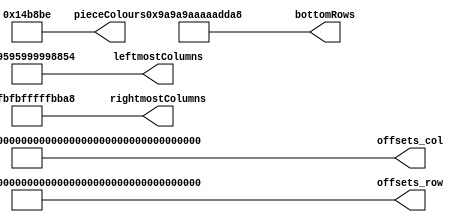
// Written by Nathan Shreve

module globals(  // block- and piece-type constants
	output[223:0] offsets_col,
	output[223:0] offsets_row,

	output[20:0] pieceColours,
	
	output[55:0] rightmostColumns,
	output[55:0] leftmostColumns,
	output[55:0] bottomRows
	);
	
	// offsets are in the format:
	// 	offsets[piece type][orientation][block index][dimension]
	
	// rightmostColumn, leftmostColumn, bottomRow are in the format:
	// 	rightmostColumn[piece type][orientation]
	
	
	// O block
	
	wire[2:0] pieceColours1;
	
	// Rotation 0
	wire[1:0] offsets_1_0_0_col;
	wire[1:0] offsets_1_0_0_row;
	wire[1:0] offsets_1_0_1_col;
	wire[1:0] offsets_1_0_1_row;
	wire[1:0] offsets_1_0_2_col;
	wire[1:0] offsets_1_0_2_row;
	wire[1:0] offsets_1_0_3_col;
	wire[1:0] offsets_1_0_3_row;
	
	wire[1:0] rightmostColumn_1_0;
	wire[1:0] leftmostColumn_1_0;
	wire[1:0] bottomRow_1_0;
	
	// Rotation 1
	wire[1:0] offsets_1_1_0_col;
	wire[1:0] offsets_1_1_0_row;
	wire[1:0] offsets_1_1_1_col;
	wire[1:0] offsets_1_1_1_row;
	wire[1:0] offsets_1_1_2_col;
	wire[1:0] offsets_1_1_2_row;
	wire[1:0] offsets_1_1_3_col;
	wire[1:0] offsets_1_1_3_row;
	
	wire[1:0] rightmostColumn_1_1;
	wire[1:0] leftmostColumn_1_1;
	wire[1:0] bottomRow_1_1;
	
	// Rotation 2
	wire[1:0] offsets_1_2_0_col;
	wire[1:0] offsets_1_2_0_row;
	wire[1:0] offsets_1_2_1_col;
	wire[1:0] offsets_1_2_1_row;
	wire[1:0] offsets_1_2_2_col;
	wire[1:0] offsets_1_2_2_row;
	wire[1:0] offsets_1_2_3_col;
	wire[1:0] offsets_1_2_3_row;
	
	wire[1:0] rightmostColumn_1_2;
	wire[1:0] leftmostColumn_1_2;
	wire[1:0] bottomRow_1_2;
	
	// Rotation 3
	wire[1:0] offsets_1_3_0_col;
	wire[1:0] offsets_1_3_0_row;
	wire[1:0] offsets_1_3_1_col;
	wire[1:0] offsets_1_3_1_row;
	wire[1:0] offsets_1_3_2_col;
	wire[1:0] offsets_1_3_2_row;
	wire[1:0] offsets_1_3_3_col;
	wire[1:0] offsets_1_3_3_row;
	
	wire[1:0] rightmostColumn_1_3;
	wire[1:0] leftmostColumn_1_3;
	wire[1:0] bottomRow_1_3;
	
	
	// I block
	
	wire[2:0] pieceColours2;
	
	// Rotation 0
	wire[1:0] offsets_2_0_0_col;
	wire[1:0] offsets_2_0_0_row;
	wire[1:0] offsets_2_0_1_col;
	wire[1:0] offsets_2_0_1_row;
	wire[1:0] offsets_2_0_2_col;
	wire[1:0] offsets_2_0_2_row;
	wire[1:0] offsets_2_0_3_col;
	wire[1:0] offsets_2_0_3_row;
	
	wire[1:0] rightmostColumn_2_0;
	wire[1:0] leftmostColumn_2_0;
	wire[1:0] bottomRow_2_0;
	
	// Rotation 1
	wire[1:0] offsets_2_1_0_col;
	wire[1:0] offsets_2_1_0_row;
	wire[1:0] offsets_2_1_1_col;
	wire[1:0] offsets_2_1_1_row;
	wire[1:0] offsets_2_1_2_col;
	wire[1:0] offsets_2_1_2_row;
	wire[1:0] offsets_2_1_3_col;
	wire[1:0] offsets_2_1_3_row;
	
	wire[1:0] rightmostColumn_2_1;
	wire[1:0] leftmostColumn_2_1;
	wire[1:0] bottomRow_2_1;
	
	// Rotation 2
	wire[1:0] offsets_2_2_0_col;
	wire[1:0] offsets_2_2_0_row;
	wire[1:0] offsets_2_2_1_col;
	wire[1:0] offsets_2_2_1_row;
	wire[1:0] offsets_2_2_2_col;
	wire[1:0] offsets_2_2_2_row;
	wire[1:0] offsets_2_2_3_col;
	wire[1:0] offsets_2_2_3_row;
	
	wire[1:0] rightmostColumn_2_2;
	wire[1:0] leftmostColumn_2_2;
	wire[1:0] bottomRow_2_2;

	// Rotation 3
	wire[1:0] offsets_2_3_0_col;
	wire[1:0] offsets_2_3_0_row;
	wire[1:0] offsets_2_3_1_col;
	wire[1:0] offsets_2_3_1_row;
	wire[1:0] offsets_2_3_2_col;
	wire[1:0] offsets_2_3_2_row;
	wire[1:0] offsets_2_3_3_col;
	wire[1:0] offsets_2_3_3_row;
	
	wire[1:0] rightmostColumn_2_3;
	wire[1:0] leftmostColumn_2_3;
	wire[1:0] bottomRow_2_3;
	
	
	// S block
	
	wire[2:0] pieceColours3;
	
	// Rotation 0
	wire[1:0] offsets_3_0_0_col;
	wire[1:0] offsets_3_0_0_row;
	wire[1:0] offsets_3_0_1_col;
	wire[1:0] offsets_3_0_1_row;
	wire[1:0] offsets_3_0_2_col;
	wire[1:0] offsets_3_0_2_row;
	wire[1:0] offsets_3_0_3_col;
	wire[1:0] offsets_3_0_3_row;
	
	wire[1:0] rightmostColumn_3_0;
	wire[1:0] leftmostColumn_3_0;
	wire[1:0] bottomRow_3_0;
	
	// Rotation 1
	wire[1:0] offsets_3_1_0_col;
	wire[1:0] offsets_3_1_0_row;
	wire[1:0] offsets_3_1_1_col;
	wire[1:0] offsets_3_1_1_row;
	wire[1:0] offsets_3_1_2_col;
	wire[1:0] offsets_3_1_2_row;
	wire[1:0] offsets_3_1_3_col;
	wire[1:0] offsets_3_1_3_row;
	
	wire[1:0] rightmostColumn_3_1;
	wire[1:0] leftmostColumn_3_1;
	wire[1:0] bottomRow_3_1;

	// Rotation 2
	wire[1:0] offsets_3_2_0_col;
	wire[1:0] offsets_3_2_0_row;
	wire[1:0] offsets_3_2_1_col;
	wire[1:0] offsets_3_2_1_row;
	wire[1:0] offsets_3_2_2_col;
	wire[1:0] offsets_3_2_2_row;
	wire[1:0] offsets_3_2_3_col;
	wire[1:0] offsets_3_2_3_row;
	
	wire[1:0] rightmostColumn_3_2;
	wire[1:0] leftmostColumn_3_2;
	wire[1:0] bottomRow_3_2;
	
	// Rotation 3
	wire[1:0] offsets_3_3_0_col;
	wire[1:0] offsets_3_3_0_row;
	wire[1:0] offsets_3_3_1_col;
	wire[1:0] offsets_3_3_1_row;
	wire[1:0] offsets_3_3_2_col;
	wire[1:0] offsets_3_3_2_row;
	wire[1:0] offsets_3_3_3_col;
	wire[1:0] offsets_3_3_3_row;
	
	wire[1:0] rightmostColumn_3_3;
	wire[1:0] leftmostColumn_3_3;
	wire[1:0] bottomRow_3_3;
	
	
	// Z block
	
	wire[2:0] pieceColours4;
	
	// Rotation 0
	wire[1:0] offsets_4_0_0_col;
	wire[1:0] offsets_4_0_0_row;
	wire[1:0] offsets_4_0_1_col;
	wire[1:0] offsets_4_0_1_row;
	wire[1:0] offsets_4_0_2_col;
	wire[1:0] offsets_4_0_2_row;
	wire[1:0] offsets_4_0_3_col;
	wire[1:0] offsets_4_0_3_row;
	
	wire[1:0] rightmostColumn_4_0;
	wire[1:0] leftmostColumn_4_0;
	wire[1:0] bottomRow_4_0;
	
	// Rotation 1
	wire[1:0] offsets_4_1_0_col;
	wire[1:0] offsets_4_1_0_row;
	wire[1:0] offsets_4_1_1_col;
	wire[1:0] offsets_4_1_1_row;
	wire[1:0] offsets_4_1_2_col;
	wire[1:0] offsets_4_1_2_row;
	wire[1:0] offsets_4_1_3_col;
	wire[1:0] offsets_4_1_3_row;
	
	wire[1:0] rightmostColumn_4_1;
	wire[1:0] leftmostColumn_4_1;
	wire[1:0] bottomRow_4_1;

	// Rotation 2
	wire[1:0] offsets_4_2_0_col;
	wire[1:0] offsets_4_2_0_row;
	wire[1:0] offsets_4_2_1_col;
	wire[1:0] offsets_4_2_1_row;
	wire[1:0] offsets_4_2_2_col;
	wire[1:0] offsets_4_2_2_row;
	wire[1:0] offsets_4_2_3_col;
	wire[1:0] offsets_4_2_3_row;
	
	wire[1:0] rightmostColumn_4_2;
	wire[1:0] leftmostColumn_4_2;
	wire[1:0] bottomRow_4_2;
	
	// Rotation 3
	wire[1:0] offsets_4_3_0_col;
	wire[1:0] offsets_4_3_0_row;
	wire[1:0] offsets_4_3_1_col;
	wire[1:0] offsets_4_3_1_row;
	wire[1:0] offsets_4_3_2_col;
	wire[1:0] offsets_4_3_2_row;
	wire[1:0] offsets_4_3_3_col;
	wire[1:0] offsets_4_3_3_row;
	
	wire[1:0] rightmostColumn_4_3;
	wire[1:0] leftmostColumn_4_3;
	wire[1:0] bottomRow_4_3;
	
	
	// L block
	
	wire[2:0] pieceColours5;
	
	// Rotation 0
	wire[1:0] offsets_5_0_0_col;
	wire[1:0] offsets_5_0_0_row;
	wire[1:0] offsets_5_0_1_col;
	wire[1:0] offsets_5_0_1_row;
	wire[1:0] offsets_5_0_2_col;
	wire[1:0] offsets_5_0_2_row;
	wire[1:0] offsets_5_0_3_col;
	wire[1:0] offsets_5_0_3_row;
	
	wire[1:0] rightmostColumn_5_0;
	wire[1:0] leftmostColumn_5_0;
	wire[1:0] bottomRow_5_0;
	
	// Rotation 1
	wire[1:0] offsets_5_1_0_col;
	wire[1:0] offsets_5_1_0_row;
	wire[1:0] offsets_5_1_1_col;
	wire[1:0] offsets_5_1_1_row;
	wire[1:0] offsets_5_1_2_col;
	wire[1:0] offsets_5_1_2_row;
	wire[1:0] offsets_5_1_3_col;
	wire[1:0] offsets_5_1_3_row;
	
	wire[1:0] rightmostColumn_5_1;
	wire[1:0] leftmostColumn_5_1;
	wire[1:0] bottomRow_5_1;
	
	// Rotation 2
	wire[1:0] offsets_5_2_0_col;
	wire[1:0] offsets_5_2_0_row;
	wire[1:0] offsets_5_2_1_col;
	wire[1:0] offsets_5_2_1_row;
	wire[1:0] offsets_5_2_2_col;
	wire[1:0] offsets_5_2_2_row;
	wire[1:0] offsets_5_2_3_col;
	wire[1:0] offsets_5_2_3_row;
	
	wire[1:0] rightmostColumn_5_2;
	wire[1:0] leftmostColumn_5_2;
	wire[1:0] bottomRow_5_2;
	
	// Rotation 3
	wire[1:0] offsets_5_3_0_col;
	wire[1:0] offsets_5_3_0_row;
	wire[1:0] offsets_5_3_1_col;
	wire[1:0] offsets_5_3_1_row;
	wire[1:0] offsets_5_3_2_col;
	wire[1:0] offsets_5_3_2_row;
	wire[1:0] offsets_5_3_3_col;
	wire[1:0] offsets_5_3_3_row;
	
	wire[1:0] rightmostColumn_5_3;
	wire[1:0] leftmostColumn_5_3;
	wire[1:0] bottomRow_5_3;
	
	
	// J block
	
	wire[2:0] pieceColours6;
	
	// Rotation 0
	wire[1:0] offsets_6_0_0_col;
	wire[1:0] offsets_6_0_0_row;
	wire[1:0] offsets_6_0_1_col;
	wire[1:0] offsets_6_0_1_row;
	wire[1:0] offsets_6_0_2_col;
	wire[1:0] offsets_6_0_2_row;
	wire[1:0] offsets_6_0_3_col;
	wire[1:0] offsets_6_0_3_row;
	
	wire[1:0] rightmostColumn_6_0;
	wire[1:0] leftmostColumn_6_0;
	wire[1:0] bottomRow_6_0;
	
	// Rotation 1
	wire[1:0] offsets_6_1_0_col;
	wire[1:0] offsets_6_1_0_row;
	wire[1:0] offsets_6_1_1_col;
	wire[1:0] offsets_6_1_1_row;
	wire[1:0] offsets_6_1_2_col;
	wire[1:0] offsets_6_1_2_row;
	wire[1:0] offsets_6_1_3_col;
	wire[1:0] offsets_6_1_3_row;
	
	wire[1:0] rightmostColumn_6_1;
	wire[1:0] leftmostColumn_6_1;
	wire[1:0] bottomRow_6_1;
	
	// Rotation 2
	wire[1:0] offsets_6_2_0_col;
	wire[1:0] offsets_6_2_0_row;
	wire[1:0] offsets_6_2_1_col;
	wire[1:0] offsets_6_2_1_row;
	wire[1:0] offsets_6_2_2_col;
	wire[1:0] offsets_6_2_2_row;
	wire[1:0] offsets_6_2_3_col;
	wire[1:0] offsets_6_2_3_row;
	
	wire[1:0] rightmostColumn_6_2;
	wire[1:0] leftmostColumn_6_2;
	wire[1:0] bottomRow_6_2;
	
	// Rotation 3
	wire[1:0] offsets_6_3_0_col;
	wire[1:0] offsets_6_3_0_row;
	wire[1:0] offsets_6_3_1_col;
	wire[1:0] offsets_6_3_1_row;
	wire[1:0] offsets_6_3_2_col;
	wire[1:0] offsets_6_3_2_row;
	wire[1:0] offsets_6_3_3_col;
	wire[1:0] offsets_6_3_3_row;
	
	wire[1:0] rightmostColumn_6_3;
	wire[1:0] leftmostColumn_6_3;
	wire[1:0] bottomRow_6_3;
	
	
	// T block
	
	wire[2:0] pieceColours7;
	
	// Rotation 0
	wire[1:0] offsets_7_0_0_col;
	wire[1:0] offsets_7_0_0_row;
	wire[1:0] offsets_7_0_1_col;
	wire[1:0] offsets_7_0_1_row;
	wire[1:0] offsets_7_0_2_col;
	wire[1:0] offsets_7_0_2_row;
	wire[1:0] offsets_7_0_3_col;
	wire[1:0] offsets_7_0_3_row;
	
	wire[1:0] rightmostColumn_7_0;
	wire[1:0] leftmostColumn_7_0;
	wire[1:0] bottomRow_7_0;
	
	// Rotation 1
	wire[1:0] offsets_7_1_0_col;
	wire[1:0] offsets_7_1_0_row;
	wire[1:0] offsets_7_1_1_col;
	wire[1:0] offsets_7_1_1_row;
	wire[1:0] offsets_7_1_2_col;
	wire[1:0] offsets_7_1_2_row;
	wire[1:0] offsets_7_1_3_col;
	wire[1:0] offsets_7_1_3_row;
	
	wire[1:0] rightmostColumn_7_1;
	wire[1:0] leftmostColumn_7_1;
	wire[1:0] bottomRow_7_1;
	
	// Rotation 2
	wire[1:0] offsets_7_2_0_col;
	wire[1:0] offsets_7_2_0_row;
	wire[1:0] offsets_7_2_1_col;
	wire[1:0] offsets_7_2_1_row;
	wire[1:0] offsets_7_2_2_col;
	wire[1:0] offsets_7_2_2_row;
	wire[1:0] offsets_7_2_3_col;
	wire[1:0] offsets_7_2_3_row;
	
	wire[1:0] rightmostColumn_7_2;
	wire[1:0] leftmostColumn_7_2;
	wire[1:0] bottomRow_7_2;
	
	// Rotation 3
	wire[1:0] offsets_7_3_0_col;
	wire[1:0] offsets_7_3_0_row;
	wire[1:0] offsets_7_3_1_col;
	wire[1:0] offsets_7_3_1_row;
	wire[1:0] offsets_7_3_2_col;
	wire[1:0] offsets_7_3_2_row;
	wire[1:0] offsets_7_3_3_col;
	wire[1:0] offsets_7_3_3_row;
	
	wire[1:0] rightmostColumn_7_3;
	wire[1:0] leftmostColumn_7_3;
	wire[1:0] bottomRow_7_3;
	
	
	
	// O block
	
	assign pieceColours1 = 3'b110; // Yellow
	
	// Rotation 0
	assign offsets_1_0_0_col = 1;
	assign offsets_1_0_0_row = 1;
	assign offsets_1_0_1_col = 2;
	assign offsets_1_0_1_row = 1;
	assign offsets_1_0_2_col = 1;
	assign offsets_1_0_2_row = 2;
	assign offsets_1_0_3_col = 2;
	assign offsets_1_0_3_row = 2;
	
	assign rightmostColumn_1_0 = 2;
	assign leftmostColumn_1_0 = 1;
	assign bottomRow_1_0 = 2;
	
	// Rotation 1
	assign offsets_1_1_0_col = 1;
	assign offsets_1_1_0_row = 1;
	assign offsets_1_1_1_col = 2;
	assign offsets_1_1_1_row = 1;
	assign offsets_1_1_2_col = 1;
	assign offsets_1_1_2_row = 2;
	assign offsets_1_1_3_col = 2;
	assign offsets_1_1_3_row = 2;
	
	assign rightmostColumn_1_1 = 2;
	assign leftmostColumn_1_1 = 1;
	assign bottomRow_1_1 = 2;
	
	// Rotation 2
	assign offsets_1_2_0_col = 1;
	assign offsets_1_2_0_row = 1;
	assign offsets_1_2_1_col = 2;
	assign offsets_1_2_1_row = 1;
	assign offsets_1_2_2_col = 1;
	assign offsets_1_2_2_row = 2;
	assign offsets_1_2_3_col = 2;
	assign offsets_1_2_3_row = 2;
	
	assign rightmostColumn_1_2 = 2;
	assign leftmostColumn_1_2 = 1;
	assign bottomRow_1_2 = 2;
	
	// Rotation 3
	assign offsets_1_3_0_col = 1;
	assign offsets_1_3_0_row = 1;
	assign offsets_1_3_1_col = 2;
	assign offsets_1_3_1_row = 1;
	assign offsets_1_3_2_col = 1;
	assign offsets_1_3_2_row = 2;
	assign offsets_1_3_3_col = 2;
	assign offsets_1_3_3_row = 2;
	
	assign rightmostColumn_1_3 = 2;
	assign leftmostColumn_1_3 = 1;
	assign bottomRow_1_3 = 2;
	
	
	// I block
	
	assign pieceColours2 = 3'b111; // White
	
	// Rotation 0
	assign offsets_2_0_0_col = 0;
	assign offsets_2_0_0_row = 1;
	assign offsets_2_0_1_col = 1;
	assign offsets_2_0_1_row = 1;
	assign offsets_2_0_2_col = 2;
	assign offsets_2_0_2_row = 1;
	assign offsets_2_0_3_col = 3;
	assign offsets_2_0_3_row = 1;
	
	assign rightmostColumn_2_0 = 3;
	assign leftmostColumn_2_0 = 0;
	assign bottomRow_2_0 = 1;
	
	// Rotation 1
	assign offsets_2_1_0_col = 2;
	assign offsets_2_1_0_row = 0;
	assign offsets_2_1_1_col = 2;
	assign offsets_2_1_1_row = 1;
	assign offsets_2_1_2_col = 2;
	assign offsets_2_1_2_row = 2;
	assign offsets_2_1_3_col = 2;
	assign offsets_2_1_3_row = 3;
	
	assign rightmostColumn_2_1 = 2;
	assign leftmostColumn_2_1 = 2;
	assign bottomRow_2_1 = 3;
	
	// Rotation 2
	assign offsets_2_2_0_col = 0;
	assign offsets_2_2_0_row = 1;
	assign offsets_2_2_1_col = 1;
	assign offsets_2_2_1_row = 1;
	assign offsets_2_2_2_col = 2;
	assign offsets_2_2_2_row = 1;
	assign offsets_2_2_3_col = 3;
	assign offsets_2_2_3_row = 1;
	
	assign rightmostColumn_2_2 = 3;
	assign leftmostColumn_2_2 = 0;
	assign bottomRow_2_2 = 1;

	// Rotation 3
	assign offsets_2_3_0_col = 2;
	assign offsets_2_3_0_row = 0;
	assign offsets_2_3_1_col = 2;
	assign offsets_2_3_1_row = 1;
	assign offsets_2_3_2_col = 2;
	assign offsets_2_3_2_row = 2;
	assign offsets_2_3_3_col = 2;
	assign offsets_2_3_3_row = 3;
	
	assign rightmostColumn_2_3 = 2;
	assign leftmostColumn_2_3 = 2;
	assign bottomRow_2_3 = 3;
	
	
	// S block
	
	assign pieceColours3 = 3'b010; // Green
	
	// Rotation 0
	assign offsets_3_0_0_col = 2;
	assign offsets_3_0_0_row = 1;
	assign offsets_3_0_1_col = 3;
	assign offsets_3_0_1_row = 1;
	assign offsets_3_0_2_col = 1;
	assign offsets_3_0_2_row = 2;
	assign offsets_3_0_3_col = 2;
	assign offsets_3_0_3_row = 2;
	
	assign rightmostColumn_3_0 = 3;
	assign leftmostColumn_3_0 = 1;
	assign bottomRow_3_0 = 2;
	
	// Rotation 1
	assign offsets_3_1_0_col = 2;
	assign offsets_3_1_0_row = 0;
	assign offsets_3_1_1_col = 2;
	assign offsets_3_1_1_row = 1;
	assign offsets_3_1_2_col = 3;
	assign offsets_3_1_2_row = 1;
	assign offsets_3_1_3_col = 3;
	assign offsets_3_1_3_row = 2;
	
	assign rightmostColumn_3_1 = 3;
	assign leftmostColumn_3_1 = 2;
	assign bottomRow_3_1 = 2;

	// Rotation 2
	assign offsets_3_2_0_col = 2;
	assign offsets_3_2_0_row = 1;
	assign offsets_3_2_1_col = 3;
	assign offsets_3_2_1_row = 1;
	assign offsets_3_2_2_col = 1;
	assign offsets_3_2_2_row = 2;
	assign offsets_3_2_3_col = 2;
	assign offsets_3_2_3_row = 2;
	
	assign rightmostColumn_3_2 = 3;
	assign leftmostColumn_3_2 = 1;
	assign bottomRow_3_2 = 2;
	
	// Rotation 3
	assign offsets_3_3_0_col = 2;
	assign offsets_3_3_0_row = 0;
	assign offsets_3_3_1_col = 2;
	assign offsets_3_3_1_row = 1;
	assign offsets_3_3_2_col = 3;
	assign offsets_3_3_2_row = 1;
	assign offsets_3_3_3_col = 3;
	assign offsets_3_3_3_row = 2;
	
	assign rightmostColumn_3_3 = 3;
	assign leftmostColumn_3_3 = 2;
	assign bottomRow_3_3 = 2;
	
	
	// Z block
	
	assign pieceColours4 = 3'b100; // Red
	
	// Rotation 0
	assign offsets_4_0_0_col = 1;
	assign offsets_4_0_0_row = 1;
	assign offsets_4_0_1_col = 2;
	assign offsets_4_0_1_row = 1;
	assign offsets_4_0_2_col = 2;
	assign offsets_4_0_2_row = 2;
	assign offsets_4_0_3_col = 3;
	assign offsets_4_0_3_row = 2;
	
	assign rightmostColumn_4_0 = 3;
	assign leftmostColumn_4_0 = 1;
	assign bottomRow_4_0 = 2;
	
	// Rotation 1
	assign offsets_4_1_0_col = 3;
	assign offsets_4_1_0_row = 0;
	assign offsets_4_1_1_col = 2;
	assign offsets_4_1_1_row = 1;
	assign offsets_4_1_2_col = 3;
	assign offsets_4_1_2_row = 1;
	assign offsets_4_1_3_col = 2;
	assign offsets_4_1_3_row = 2;
	
	assign rightmostColumn_4_1 = 3;
	assign leftmostColumn_4_1 = 2;
	assign bottomRow_4_1 = 2;

	// Rotation 2
	assign offsets_4_2_0_col = 1;
	assign offsets_4_2_0_row = 1;
	assign offsets_4_2_1_col = 2;
	assign offsets_4_2_1_row = 1;
	assign offsets_4_2_2_col = 2;
	assign offsets_4_2_2_row = 2;
	assign offsets_4_2_3_col = 3;
	assign offsets_4_2_3_row = 2;
	
	assign rightmostColumn_4_2 = 3;
	assign leftmostColumn_4_2 = 1;
	assign bottomRow_4_2 = 2;
	
	// Rotation 3
	assign offsets_4_3_0_col = 3;
	assign offsets_4_3_0_row = 0;
	assign offsets_4_3_1_col = 2;
	assign offsets_4_3_1_row = 1;
	assign offsets_4_3_2_col = 3;
	assign offsets_4_3_2_row = 1;
	assign offsets_4_3_3_col = 2;
	assign offsets_4_3_3_row = 2;
 	
	assign rightmostColumn_4_3 = 3;
	assign leftmostColumn_4_3 = 2;
	assign bottomRow_4_3 = 2;
	
	
	// L block
	
	assign pieceColours5 = 3'b011; // Cyan
	
	// Rotation 0
	assign offsets_5_0_0_col = 1;
	assign offsets_5_0_0_row = 1;
	assign offsets_5_0_1_col = 2;
	assign offsets_5_0_1_row = 1;
	assign offsets_5_0_2_col = 3;
	assign offsets_5_0_2_row = 1;
	assign offsets_5_0_3_col = 1;
	assign offsets_5_0_3_row = 2;
	
	assign rightmostColumn_5_0 = 3;
	assign leftmostColumn_5_0 = 1;
	assign bottomRow_5_0 = 2;
	
	// Rotation 1
	assign offsets_5_1_0_col = 2;
	assign offsets_5_1_0_row = 0;
	assign offsets_5_1_1_col = 2;
	assign offsets_5_1_1_row = 1;
	assign offsets_5_1_2_col = 2;
	assign offsets_5_1_2_row = 2;
	assign offsets_5_1_3_col = 3;
	assign offsets_5_1_3_row = 2;
	
	assign rightmostColumn_5_1 = 3;
	assign leftmostColumn_5_1 = 2;
	assign bottomRow_5_1 = 2;
	
	// Rotation 2
	assign offsets_5_2_0_col = 3;
	assign offsets_5_2_0_row = 0;
	assign offsets_5_2_1_col = 1;
	assign offsets_5_2_1_row = 1;
	assign offsets_5_2_2_col = 2;
	assign offsets_5_2_2_row = 1;
	assign offsets_5_2_3_col = 3;
	assign offsets_5_2_3_row = 1;
	
	assign rightmostColumn_5_2 = 3;
	assign leftmostColumn_5_2 = 1;
	assign bottomRow_5_2 = 1;
	
	// Rotation 3
	assign offsets_5_3_0_col = 1;
	assign offsets_5_3_0_row = 0;
	assign offsets_5_3_1_col = 2;
	assign offsets_5_3_1_row = 0;
	assign offsets_5_3_2_col = 2;
	assign offsets_5_3_2_row = 1;
	assign offsets_5_3_3_col = 2;
	assign offsets_5_3_3_row = 2;
	
	assign rightmostColumn_5_3 = 2;
	assign leftmostColumn_5_3 = 1;
	assign bottomRow_5_3 = 2;
	
	
	// J block
	
	assign pieceColours6 = 3'b001; // Blue
	
	// Rotation 0
	assign offsets_6_0_0_col = 1;
	assign offsets_6_0_0_row = 1;
	assign offsets_6_0_1_col = 2;
	assign offsets_6_0_1_row = 1;
	assign offsets_6_0_2_col = 3;
	assign offsets_6_0_2_row = 1;
	assign offsets_6_0_3_col = 3;
	assign offsets_6_0_3_row = 2;
	
	assign rightmostColumn_6_0 = 3;
	assign leftmostColumn_6_0 = 1;
	assign bottomRow_6_0 = 2;
	
	// Rotation 1
	assign offsets_6_1_0_col = 2;
	assign offsets_6_1_0_row = 0;
	assign offsets_6_1_1_col = 3;
	assign offsets_6_1_1_row = 0;
	assign offsets_6_1_2_col = 2;
	assign offsets_6_1_2_row = 1;
	assign offsets_6_1_3_col = 2;
	assign offsets_6_1_3_row = 2;
	
	assign rightmostColumn_6_1 = 3;
	assign leftmostColumn_6_1 = 2;
	assign bottomRow_6_1 = 2;
	
	// Rotation 2
	assign offsets_6_2_0_col = 1;
	assign offsets_6_2_0_row = 0;
	assign offsets_6_2_1_col = 1;
	assign offsets_6_2_1_row = 1;
	assign offsets_6_2_2_col = 2;
	assign offsets_6_2_2_row = 1;
	assign offsets_6_2_3_col = 3;
	assign offsets_6_2_3_row = 1;
	
	assign rightmostColumn_6_2 = 3;
	assign leftmostColumn_6_2 = 1;
	assign bottomRow_6_2 = 1;
	
	// Rotation 3
	assign offsets_6_3_0_col = 2;
	assign offsets_6_3_0_row = 0;
	assign offsets_6_3_1_col = 2;
	assign offsets_6_3_1_row = 1;
	assign offsets_6_3_2_col = 1;
	assign offsets_6_3_2_row = 2;
	assign offsets_6_3_3_col = 2;
	assign offsets_6_3_3_row = 2;
	
	assign rightmostColumn_6_3 = 2;
	assign leftmostColumn_6_3 = 1;
	assign bottomRow_6_3 = 2;
	
	
	// T block
	
	assign pieceColours7 = 3'b101; // Magenta
	
	// Rotation 0
	assign offsets_7_0_0_col = 1;
	assign offsets_7_0_0_row = 1;
	assign offsets_7_0_1_col = 2;
	assign offsets_7_0_1_row = 1;
	assign offsets_7_0_2_col = 3;
	assign offsets_7_0_2_row = 1;
	assign offsets_7_0_3_col = 2;
	assign offsets_7_0_3_row = 2;
	
	assign rightmostColumn_7_0 = 3;
	assign leftmostColumn_7_0 = 1;
	assign bottomRow_7_0 = 2;
	
	// Rotation 1
	assign offsets_7_1_0_col = 2;
	assign offsets_7_1_0_row = 0;
	assign offsets_7_1_1_col = 2;
	assign offsets_7_1_1_row = 1;
	assign offsets_7_1_2_col = 3;
	assign offsets_7_1_2_row = 1;
	assign offsets_7_1_3_col = 2;
	assign offsets_7_1_3_row = 2;
	
	assign rightmostColumn_7_1 = 3;
	assign leftmostColumn_7_1 = 2;
	assign bottomRow_7_1 = 2;
	
	// Rotation 2
	assign offsets_7_2_0_col = 2;
	assign offsets_7_2_0_row = 0;
	assign offsets_7_2_1_col = 1;
	assign offsets_7_2_1_row = 1;
	assign offsets_7_2_2_col = 2;
	assign offsets_7_2_2_row = 1;
	assign offsets_7_2_3_col = 3;
	assign offsets_7_2_3_row = 1;
	
	assign rightmostColumn_7_2 = 3;
	assign leftmostColumn_7_2 = 1;
	assign bottomRow_7_2 = 1;
	
	// Rotation 3
	assign offsets_7_3_0_col = 2;
	assign offsets_7_3_0_row = 0;
	assign offsets_7_3_1_col = 1;
	assign offsets_7_3_1_row = 1;
	assign offsets_7_3_2_col = 2;
	assign offsets_7_3_2_row = 1;
	assign offsets_7_3_3_col = 2;
	assign offsets_7_3_3_row = 2;
	
	assign rightmostColumn_7_3 = 2;
	assign leftmostColumn_7_3 = 1;
	assign bottomRow_7_3 = 2;
	
	
	
	// OUTPUT ASSIGNMENTS
	assign pieceColours = {
		pieceColours7,
		pieceColours6,
		pieceColours5,
		pieceColours4,
		pieceColours3,
		pieceColours2,
		pieceColours1
		};
		
	assign offsets_col = {
		offsets_7_3_3_col,
		offsets_7_3_2_col,
		offsets_7_3_1_col,
		offsets_7_3_0_col,
		offsets_7_2_3_col,
		offsets_7_2_2_col,
		offsets_7_2_1_col,
		offsets_7_2_0_col,
		offsets_7_1_3_col,
		offsets_7_1_2_col,
		offsets_7_1_1_col,
		offsets_7_1_0_col,
		offsets_7_0_3_col,
		offsets_7_0_2_col,
		offsets_7_0_1_col,
		offsets_7_0_0_col,
		
		offsets_6_3_3_col,
		offsets_6_3_2_col,
		offsets_6_3_1_col,
		offsets_6_3_0_col,
		offsets_6_2_3_col,
		offsets_6_2_2_col,
		offsets_6_2_1_col,
		offsets_6_2_0_col,
		offsets_6_1_3_col,
		offsets_6_1_2_col,
		offsets_6_1_1_col,
		offsets_6_1_0_col,
		offsets_6_0_3_col,
		offsets_6_0_2_col,
		offsets_6_0_1_col,
		offsets_6_0_0_col,
		
		offsets_5_3_3_col,
		offsets_5_3_2_col,
		offsets_5_3_1_col,
		offsets_5_3_0_col,
		offsets_5_2_3_col,
		offsets_5_2_2_col,
		offsets_5_2_1_col,
		offsets_5_2_0_col,
		offsets_5_1_3_col,
		offsets_5_1_2_col,
		offsets_5_1_1_col,
		offsets_5_1_0_col,
		offsets_5_0_3_col,
		offsets_5_0_2_col,
		offsets_5_0_1_col,
		offsets_5_0_0_col,
		
		offsets_4_3_3_col,
		offsets_4_3_2_col,
		offsets_4_3_1_col,
		offsets_4_3_0_col,
		offsets_4_2_3_col,
		offsets_4_2_2_col,
		offsets_4_2_1_col,
		offsets_4_2_0_col,
		offsets_4_1_3_col,
		offsets_4_1_2_col,
		offsets_4_1_1_col,
		offsets_4_1_0_col,
		offsets_4_0_3_col,
		offsets_4_0_2_col,
		offsets_4_0_1_col,
		offsets_4_0_0_col,
		
		offsets_3_3_3_col,
		offsets_3_3_2_col,
		offsets_3_3_1_col,
		offsets_3_3_0_col,
		offsets_3_2_3_col,
		offsets_3_2_2_col,
		offsets_3_2_1_col,
		offsets_3_2_0_col,
		offsets_3_1_3_col,
		offsets_3_1_2_col,
		offsets_3_1_1_col,
		offsets_3_1_0_col,
		offsets_3_0_3_col,
		offsets_3_0_2_col,
		offsets_3_0_1_col,
		offsets_3_0_0_col,
		
		offsets_2_3_3_col,
		offsets_2_3_2_col,
		offsets_2_3_1_col,
		offsets_2_3_0_col,
		offsets_2_2_3_col,
		offsets_2_2_2_col,
		offsets_2_2_1_col,
		offsets_2_2_0_col,
		offsets_2_1_3_col,
		offsets_2_1_2_col,
		offsets_2_1_1_col,
		offsets_2_1_0_col,
		offsets_2_0_3_col,
		offsets_2_0_2_col,
		offsets_2_0_1_col,
		offsets_2_0_0_col,
		
		offsets_1_3_3_col,
		offsets_1_3_2_col,
		offsets_1_3_1_col,
		offsets_1_3_0_col,
		offsets_1_2_3_col,
		offsets_1_2_2_col,
		offsets_1_2_1_col,
		offsets_1_2_0_col,
		offsets_1_1_3_col,
		offsets_1_1_2_col,
		offsets_1_1_1_col,
		offsets_1_1_0_col,
		offsets_1_0_3_col,
		offsets_1_0_2_col,
		offsets_1_0_1_col,
		offsets_1_0_0_col
		};

	assign offsets_row = {
		offsets_7_3_3_row,
		offsets_7_3_2_row,
		offsets_7_3_1_row,
		offsets_7_3_0_row,
		offsets_7_2_3_row,
		offsets_7_2_2_row,
		offsets_7_2_1_row,
		offsets_7_2_0_row,
		offsets_7_1_3_row,
		offsets_7_1_2_row,
		offsets_7_1_1_row,
		offsets_7_1_0_row,
		offsets_7_0_3_row,
		offsets_7_0_2_row,
		offsets_7_0_1_row,
		offsets_7_0_0_row,
		
		offsets_6_3_3_row,
		offsets_6_3_2_row,
		offsets_6_3_1_row,
		offsets_6_3_0_row,
		offsets_6_2_3_row,
		offsets_6_2_2_row,
		offsets_6_2_1_row,
		offsets_6_2_0_row,
		offsets_6_1_3_row,
		offsets_6_1_2_row,
		offsets_6_1_1_row,
		offsets_6_1_0_row,
		offsets_6_0_3_row,
		offsets_6_0_2_row,
		offsets_6_0_1_row,
		offsets_6_0_0_row,
		
		offsets_5_3_3_row,
		offsets_5_3_2_row,
		offsets_5_3_1_row,
		offsets_5_3_0_row,
		offsets_5_2_3_row,
		offsets_5_2_2_row,
		offsets_5_2_1_row,
		offsets_5_2_0_row,
		offsets_5_1_3_row,
		offsets_5_1_2_row,
		offsets_5_1_1_row,
		offsets_5_1_0_row,
		offsets_5_0_3_row,
		offsets_5_0_2_row,
		offsets_5_0_1_row,
		offsets_5_0_0_row,
		
		offsets_4_3_3_row,
		offsets_4_3_2_row,
		offsets_4_3_1_row,
		offsets_4_3_0_row,
		offsets_4_2_3_row,
		offsets_4_2_2_row,
		offsets_4_2_1_row,
		offsets_4_2_0_row,
		offsets_4_1_3_row,
		offsets_4_1_2_row,
		offsets_4_1_1_row,
		offsets_4_1_0_row,
		offsets_4_0_3_row,
		offsets_4_0_2_row,
		offsets_4_0_1_row,
		offsets_4_0_0_row,
		
		offsets_3_3_3_row,
		offsets_3_3_2_row,
		offsets_3_3_1_row,
		offsets_3_3_0_row,
		offsets_3_2_3_row,
		offsets_3_2_2_row,
		offsets_3_2_1_row,
		offsets_3_2_0_row,
		offsets_3_1_3_row,
		offsets_3_1_2_row,
		offsets_3_1_1_row,
		offsets_3_1_0_row,
		offsets_3_0_3_row,
		offsets_3_0_2_row,
		offsets_3_0_1_row,
		offsets_3_0_0_row,
		
		offsets_2_3_3_row,
		offsets_2_3_2_row,
		offsets_2_3_1_row,
		offsets_2_3_0_row,
		offsets_2_2_3_row,
		offsets_2_2_2_row,
		offsets_2_2_1_row,
		offsets_2_2_0_row,
		offsets_2_1_3_row,
		offsets_2_1_2_row,
		offsets_2_1_1_row,
		offsets_2_1_0_row,
		offsets_2_0_3_row,
		offsets_2_0_2_row,
		offsets_2_0_1_row,
		offsets_2_0_0_row,
		
		offsets_1_3_3_row,
		offsets_1_3_2_row,
		offsets_1_3_1_row,
		offsets_1_3_0_row,
		offsets_1_2_3_row,
		offsets_1_2_2_row,
		offsets_1_2_1_row,
		offsets_1_2_0_row,
		offsets_1_1_3_row,
		offsets_1_1_2_row,
		offsets_1_1_1_row,
		offsets_1_1_0_row,
		offsets_1_0_3_row,
		offsets_1_0_2_row,
		offsets_1_0_1_row,
		offsets_1_0_0_row
		};

	assign rightmostColumns = {
		rightmostColumn_7_3,
		rightmostColumn_7_2,
		rightmostColumn_7_1,
		rightmostColumn_7_0,
		
		rightmostColumn_6_3,
		rightmostColumn_6_2,
		rightmostColumn_6_1,
		rightmostColumn_6_0,
		
		rightmostColumn_5_3,
		rightmostColumn_5_2,
		rightmostColumn_5_1,
		rightmostColumn_5_0,
		
		rightmostColumn_4_3,
		rightmostColumn_4_2,
		rightmostColumn_4_1,
		rightmostColumn_4_0,
		
		rightmostColumn_3_3,
		rightmostColumn_3_2,
		rightmostColumn_3_1,
		rightmostColumn_3_0,
		
		rightmostColumn_2_3,
		rightmostColumn_2_2,
		rightmostColumn_2_1,
		rightmostColumn_2_0,
		
		rightmostColumn_1_3,
		rightmostColumn_1_2,
		rightmostColumn_1_1,
		rightmostColumn_1_0
		};
		
	assign leftmostColumns = {
		leftmostColumn_7_3,
		leftmostColumn_7_2,
		leftmostColumn_7_1,
		leftmostColumn_7_0,
		
		leftmostColumn_6_3,
		leftmostColumn_6_2,
		leftmostColumn_6_1,
		leftmostColumn_6_0,
		
		leftmostColumn_5_3,
		leftmostColumn_5_2,
		leftmostColumn_5_1,
		leftmostColumn_5_0,
		
		leftmostColumn_4_3,
		leftmostColumn_4_2,
		leftmostColumn_4_1,
		leftmostColumn_4_0,
		
		leftmostColumn_3_3,
		leftmostColumn_3_2,
		leftmostColumn_3_1,
		leftmostColumn_3_0,
		
		leftmostColumn_2_3,
		leftmostColumn_2_2,
		leftmostColumn_2_1,
		leftmostColumn_2_0,
		
		leftmostColumn_1_3,
		leftmostColumn_1_2,
		leftmostColumn_1_1,
		leftmostColumn_1_0
		};
		
	assign bottomRows = {
		bottomRow_7_3,
		bottomRow_7_2,
		bottomRow_7_1,
		bottomRow_7_0,
		
		bottomRow_6_3,
		bottomRow_6_2,
		bottomRow_6_1,
		bottomRow_6_0,
		
		bottomRow_5_3,
		bottomRow_5_2,
		bottomRow_5_1,
		bottomRow_5_0,
		
		bottomRow_4_3,
		bottomRow_4_2,
		bottomRow_4_1,
		bottomRow_4_0,
		
		bottomRow_3_3,
		bottomRow_3_2,
		bottomRow_3_1,
		bottomRow_3_0,
		
		bottomRow_2_3,
		bottomRow_2_2,
		bottomRow_2_1,
		bottomRow_2_0,
		
		bottomRow_1_3,
		bottomRow_1_2,
		bottomRow_1_1,
		bottomRow_1_0
		};
		
endmodule